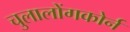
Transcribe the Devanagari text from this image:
चुलालोंगकोर्न